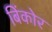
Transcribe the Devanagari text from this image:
बिंकोर